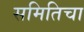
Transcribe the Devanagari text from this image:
समितिचा